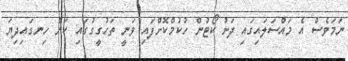
ނަމަވެސް އެ މައްސަލައިގައި ދަށު ކޯޓުން ހުކުމްކޮށްފައި ވަނީ ތަހުގީގުގައި ކަން ހިނގައިދިޔަ